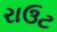
રાઉટ